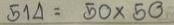
514 = 50 x 50